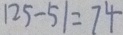
1 2 5 - 5 1 = 7 4